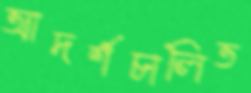
আদর্শচালিত